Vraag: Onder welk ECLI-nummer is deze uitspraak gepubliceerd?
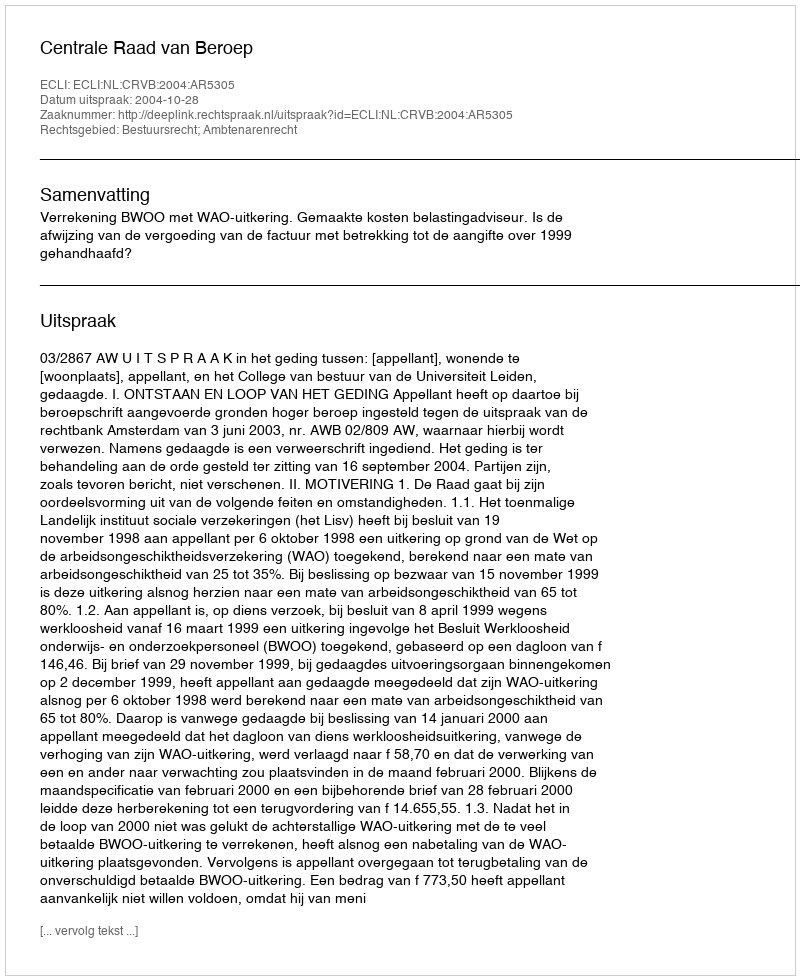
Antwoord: ECLI:NL:CRVB:2004:AR5305